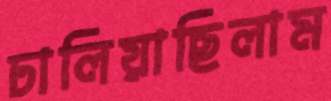
ঢালিয়াছিলাম